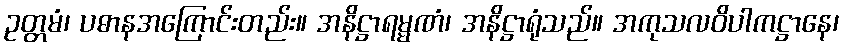
ဥတ္တမံ၊ ပဓာနအကြောင်းတည်း။ အနိဋ္ဌာရမ္မဏံ၊ အနိဋ္ဌာရုံသည်။ အကုသလဝိပါကဋ္ဌာနေ၊